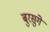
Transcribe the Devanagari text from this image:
बुरसुंगे